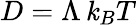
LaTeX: {D=\Lambda\, \mathit{k}_{B}T}